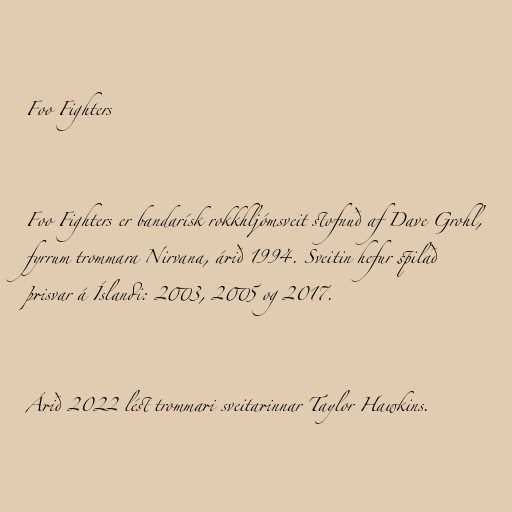
Foo Fighters

Foo Fighters er bandarísk rokkhljómsveit stofnuð af Dave Grohl,
fyrrum trommara Nirvana, árið 1994. Sveitin hefur spilað
þrisvar á Íslandi: 2003, 2005 og 2017.

Árið 2022 lést trommari sveitarinnar Taylor Hawkins.